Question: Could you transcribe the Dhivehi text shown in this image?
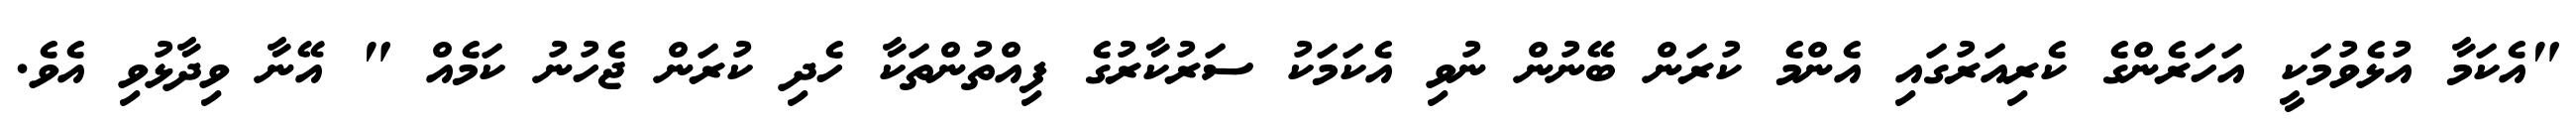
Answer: "އެކަމާ އުޅެވުމަކީ އަހަރެންގެ ކެރިއަރުގައި އެންމެ ކުރަން ބޭނުން ނުވި އެކަމަކު ސަރުކާރުގެ ފިއްތުންތަކާ ހެދި ކުރަން ޖެހުނު ކަމެއް " އޭނާ ވިދާޅުވި އެވެ.